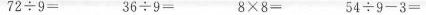
$$7 2 \div 9 =$$ $$3 6 \div 9 =$$